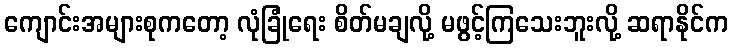
ကျောင်းအများစုကတော့ လုံခြုံရေး စိတ်မချလို့ မဖွင့်ကြသေးဘူးလို့ ဆရာနိုင်က